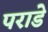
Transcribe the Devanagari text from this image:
पराडे